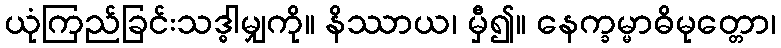
ယုံကြည်ခြင်းသဒ္ဓါမျှကို။ နိဿာယ၊ မှီ၍။ နေက္ခမ္မာဓိမုတ္တော၊